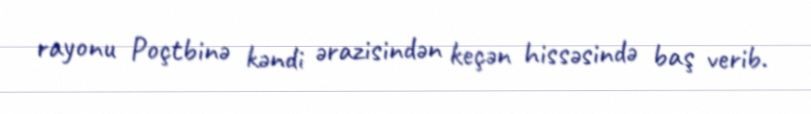
rayonu Poçtbinə kəndi ərazisindən keçən hissəsində baş verib.